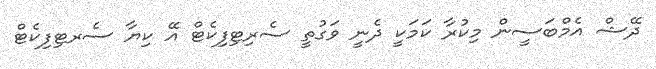
ދޭޝް އެމްބަސީން މިކުރާ ކަމަކީ ދެނީ ވަގުތީ ސެރިޓިފިކެޓް އޭ ކިޔާ ސެރޓިފިކެޓް